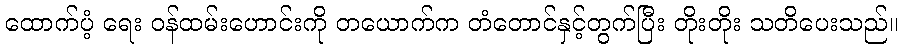
ထောက်ပံ့ ရေး ဝန်ထမ်းဟောင်းကို တယောက်က တံတောင်နှင့်တွက်ပြီး တိုးတိုး သတိပေးသည်။